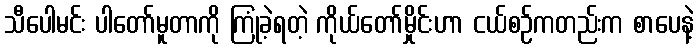
သီပေါမင်း ပါတော်မူတာကို ကြုံခဲ့ရတဲ့ ကိုယ်တော်မှိုင်းဟာ ငယ်စဉ်ကတည်းက စာပေနဲ့